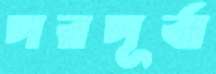
পরপূর্বা